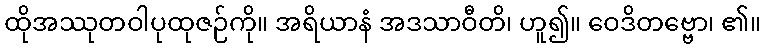
ထိုအဿုတဝါပုထုဇဉ်ကို။ အရိယာနံ အဒသာဝီတိ၊ ဟူ၍။ ဝေဒိတဗ္ဗော၊ ၏။